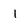
Character: 1